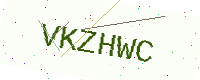
Text: VKZHWC